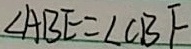
\angle A B E = \angle C B F